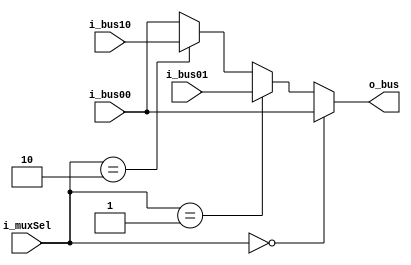
module GenericMux3to1_2bits 
    #(
        parameter LEN=32
    )
    (
        input wire [LEN-1:0] i_bus00,
        input wire [LEN-1:0] i_bus01,
        input wire [LEN-1:0] i_bus10,
        
        input wire [2-1:0] i_muxSel,
        
        output reg [LEN-1:0] o_bus

    );
        
    always @(*) begin
        if(i_muxSel == 2'b00) begin  
            o_bus = i_bus00;
        end
        else if(i_muxSel == 2'b01) begin 
            o_bus = i_bus01;
        end 
        else if (i_muxSel == 2'b10) begin 
            o_bus = i_bus10;
        end
        else begin
            o_bus = i_bus00;
        end
        
    end
    
endmodule